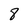
Character: 8